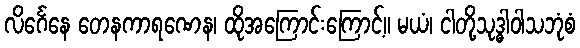
လိင်္ဂေနေ တေနကာရဏေန၊ ထိုအကြောင်းကြောင့်။ မယံ၊ ငါတို့သုဒ္ဓါဝါသဘုံစံ